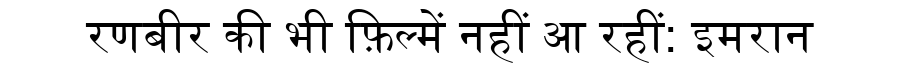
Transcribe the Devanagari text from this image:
रणबीर की भी फ़िल्में नहीं आ रहीं: इमरान